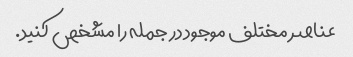
عناصر مختلف موجود در جمله را مشخص کنید.